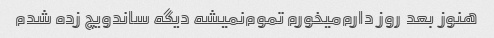
هنوز بعد  روز دارم‌میخورم تموم‌نمیشه دیگه ساندویچ زده شدم